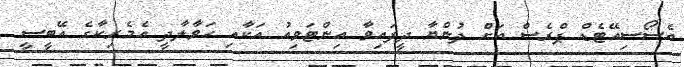
އެސޯސިއޭޓެޑް ޕްރެސް އަށް ދުންޔާ ދީފައިވާ އިންޓަވިއު އަކާއި ހަވާލާދީ އެމެރިކާގެ އޭބީސީ